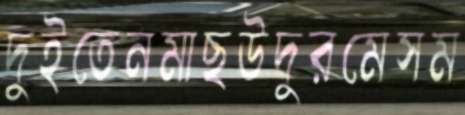
দুইতেনমাছউদুরমেসম